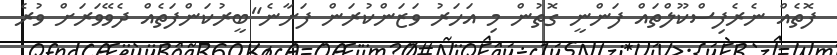
ފޮތެއް ނެރެފިސްކޫލްތައް ފަންނީ ގޮތުން މި އަހަރު ވަޒަންކުރަން ފަށާނެ"ބީރުކަންފަތެއް ދެވޭވަރަށް ވުރެ